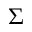
\Sigma